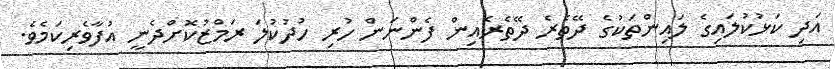
އަދި ކަޅުކުލައިގެ ލައިންތަކުގެ ދޭތެރެ ދޭތެރެއިން ފެންނަން ހުރި ހުދުކުލަ ރަމްޒުކޮށްދެނީ އުފާވެރިކަމެވެ.